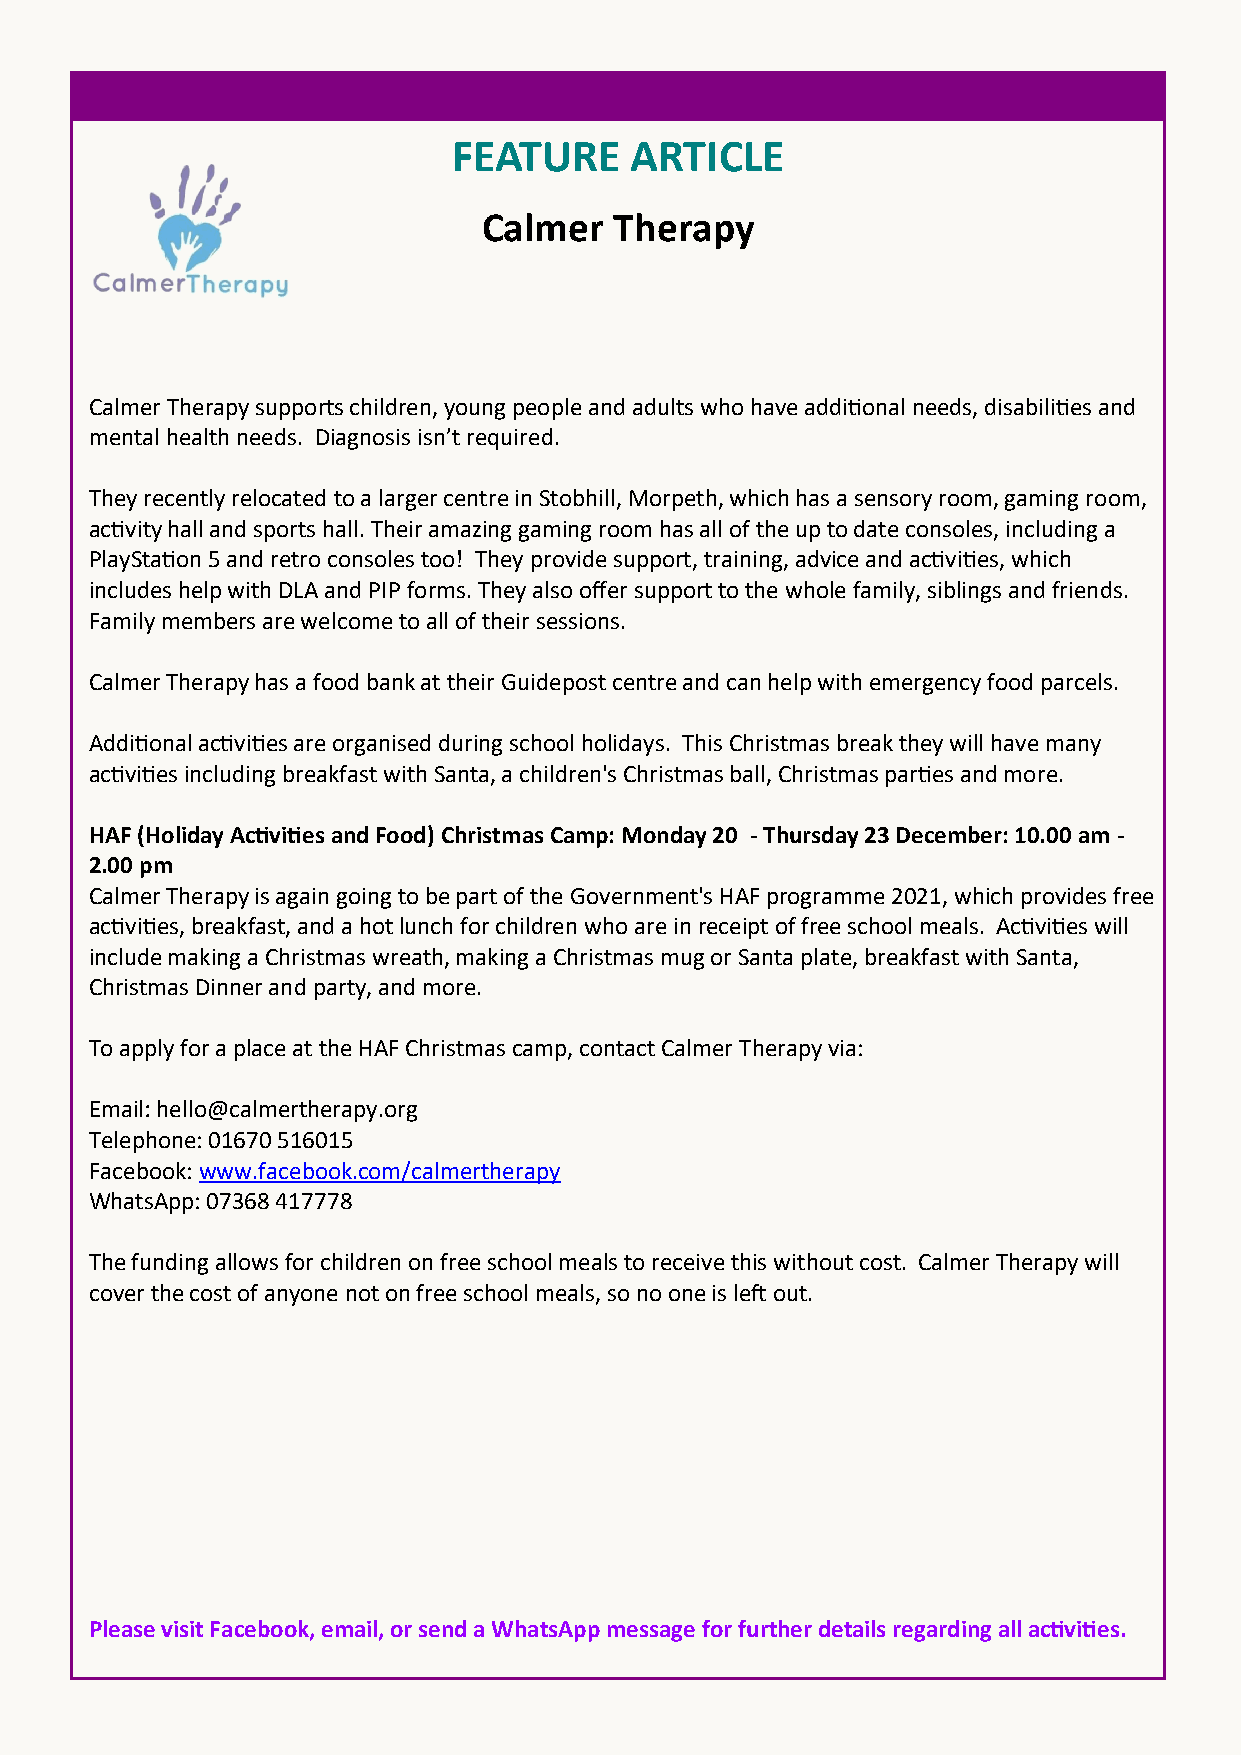
FEATURE     ARTICLE
 Calmer   Therapy
 Calmer Therapy supports children, young people and adults who have additional needs, disabilities and
 mental health needs. Diagnosis isn’t required.
 They recently relocated to a larger centre in Stobhill, Morpeth, which has a sensory room, gaming room,
 activity hall and sports hall. Their amazing gaming room has all of the up to date consoles, including a
 PlayStation 5 and retro consoles too! They provide support, training, advice and activities, which
 includes help with DLA and PIP forms. They also offer support to the whole family, siblings and friends.
 Family members are welcome to all of their sessions.
 Calmer Therapy has a food bank at their Guidepost centre and can help with emergency food parcels.
 Additional activities are organised during school holidays. This Christmas break they will have many
 activities including breakfast with Santa, a children's Christmas ball, Christmas parties and more.
 HAF (Holiday Activities and Food) Christmas Camp: Monday 20 - Thursday 23 December: 10.00 am -
 2.00 pm
 Calmer Therapy is again going to be part of the Government's HAF programme 2021, which provides free
 activities, breakfast, and a hot lunch for children who are in receipt of free school meals. Activities will
 include making a Christmas wreath, making a Christmas mug or Santa plate, breakfast with Santa,
 Christmas Dinner and party, and more.
 To apply for a place at the HAF Christmas camp, contact Calmer Therapy via:
 Email: hello@calmertherapy.org
 Telephone: 01670 516015
 Facebook: www.facebook.com/calmertherapy
 WhatsApp: 07368 417778
 The funding allows for children on free school meals to receive this without cost. Calmer Therapy will
 cover the cost of anyone not on free school meals, so no one is left out.
 Please visit Facebook, email, or send a WhatsApp message for further details regarding all activities.